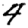
Digit: 4